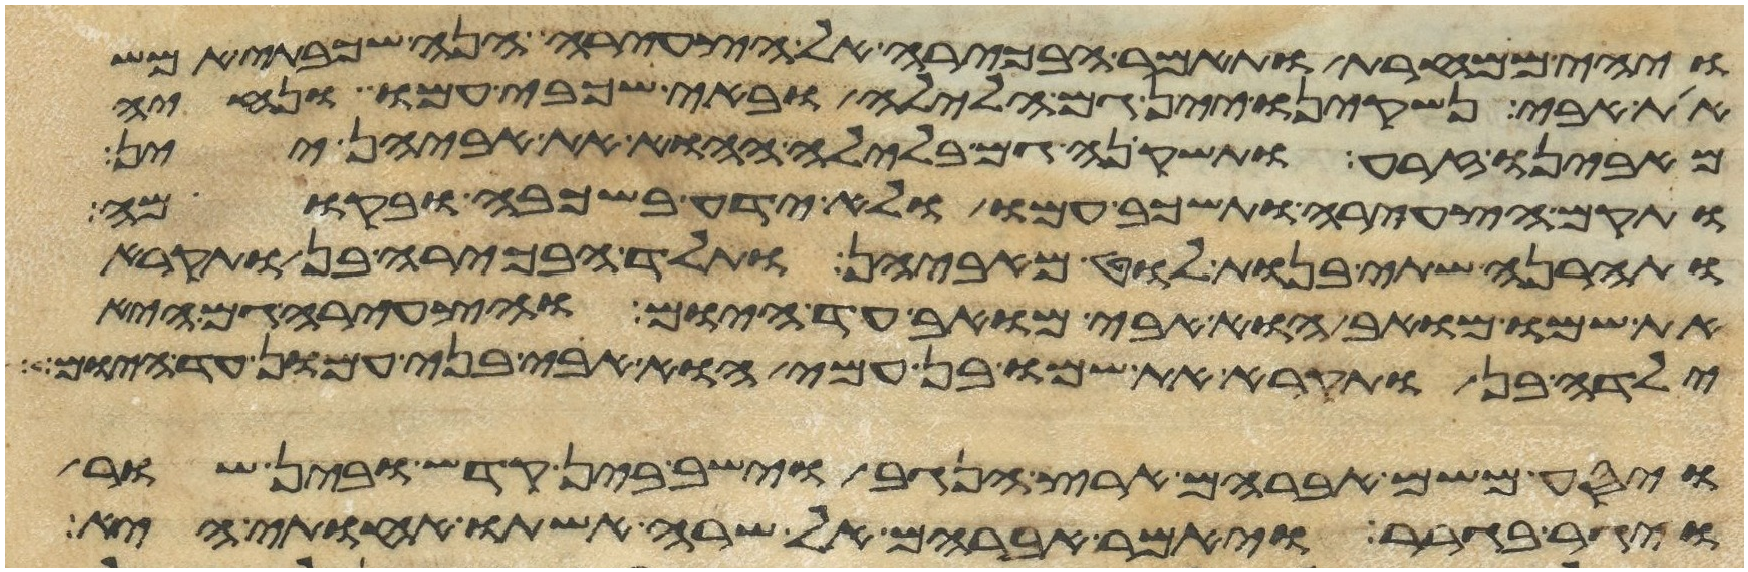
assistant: ויהי ממחרת ותאמר הבכירה אל הצעירה הנה שכבתי אמש
את אבי נשקינו יין גם הלילה ובאי שכבי עמו ונחיה
מאבינו זרע ותשקיהן גם בלילה ההוא את אביהן יין
ותקם הצעירה ותשכב עמו ולא ידע בשכבה ובקומה
ותהרנה שתי בנות לוט מאביהן ותלד הבכירה בן ותקרא
את שמו מואב הוא אבי מואב עד היום והצעירה גם היא
ילדה בן ותקרא את שמו בן עמי הוא אבי בני עמון עד היום
ויסע משם אברהם ארץ הנגב וישב בין קדש ובין שור
ויגר בגרר ויאמר אברהם אל שרה אשתו אחותי היא